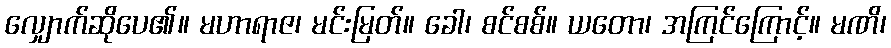
လျှောက်ဆိုပေ၏။ မဟာရာဇ၊ မင်းမြတ်။ ခေါ၊ စင်စစ်။ ယတော၊ အကြင်ကြောင့်။ မဏိ၊